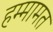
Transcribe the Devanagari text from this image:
हम्मामत